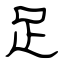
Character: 足